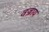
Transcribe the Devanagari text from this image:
वज्राय